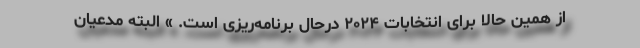
از همین حالا برای انتخابات ۲۰۲۴ درحال برنامه‌ریزی است. » البته مدعیان